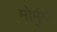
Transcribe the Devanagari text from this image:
मोर्मुगो